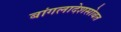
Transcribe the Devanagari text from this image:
बांगलादेशसोबत